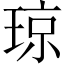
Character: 琼